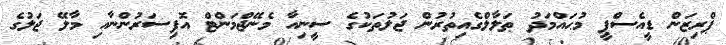
ޕްރިޒަން ޑީއެސްޕީ މުޙައްމަދު ޠަލާލްގެއިތުރުން ޖަލުތަކުގެ ސީނިއާ މެނޭޖްމަންޓް އޮފިސަރުންނާއި މާލޭ ޖަލުގެ